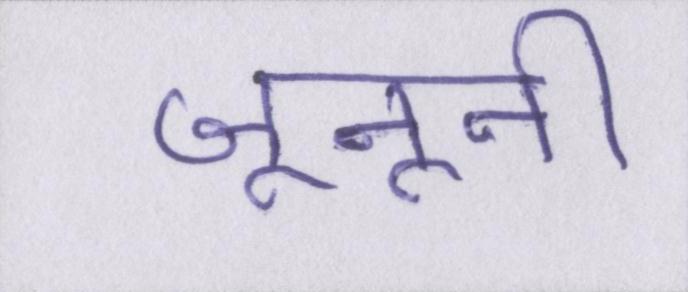
जूनूनी